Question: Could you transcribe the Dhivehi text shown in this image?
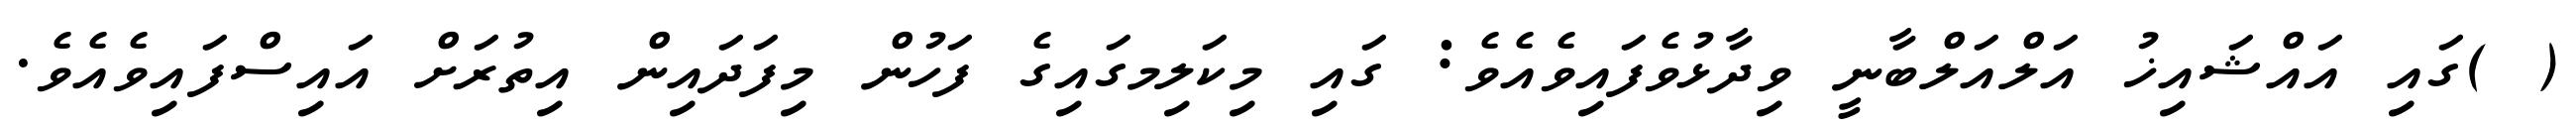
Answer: ( )ގައި އައްޝައިޚު އަލްއަލްބާނީ ވިދާޅުވެފައިވެއެވެ: ގައި މިކަލިމގައިގެ ފަހުން މިފަދައިން އިތުރަށް އައިސްފައިވެއެވެ.